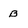
Character: B